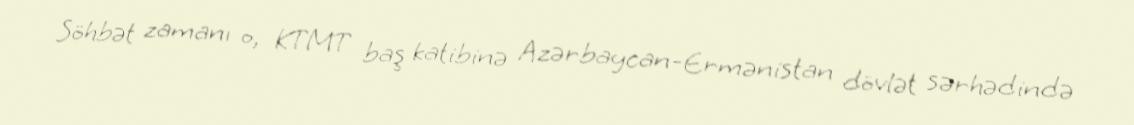
Söhbət zamanı o, KTMT baş katibinə Azərbaycan-Ermənistan dövlət sərhədində